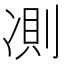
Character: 𠗧